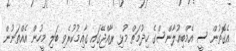
އެގޮތުން ސީ އެމްބިއުލާންސްގެ ހިދުމަތް މުޅި ރާއްޖޭގައި ގާއިމުކުރެވި ބަލި މީހުން އެއްތަނުން